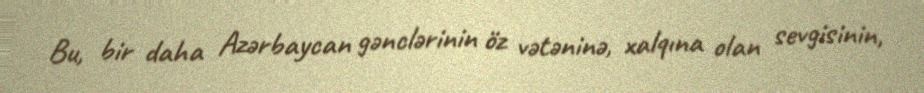
Bu, bir daha Azərbaycan gənclərinin öz vətəninə, xalqına olan sevgisinin,